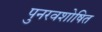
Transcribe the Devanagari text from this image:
पुनरवशोषित